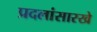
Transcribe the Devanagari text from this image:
प्रदलांसारखे